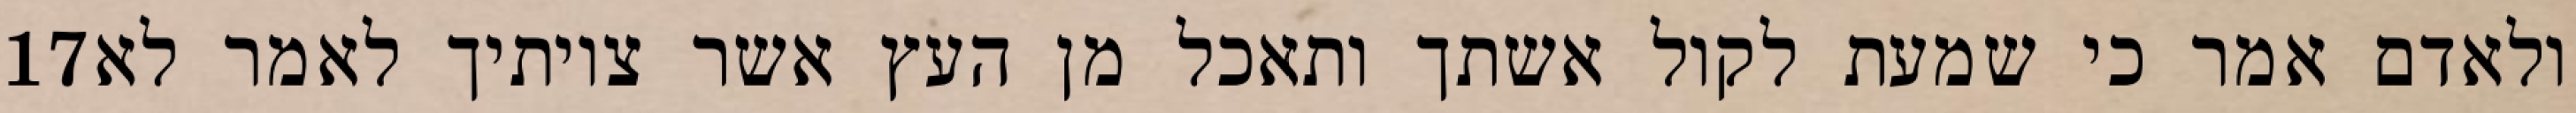
‎17‏ ולאדם אמר כי שמעת לקול אשתך ותאכל מן העץ אשר צויתיך לאמר לא